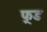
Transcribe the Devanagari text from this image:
फ़्रड